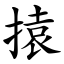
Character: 㨬